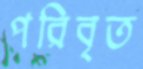
পরিবৃত